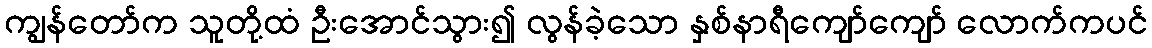
ကျွန်တော်က သူတို့ထံ ဦးအောင်သွား၍ လွန်ခဲ့သော နှစ်နာရီကျော်ကျော် လောက်ကပင်